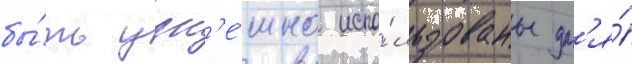
бы́ть усп'е́шно испо́льзованы дл'я́